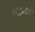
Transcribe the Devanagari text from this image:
१९२७ची